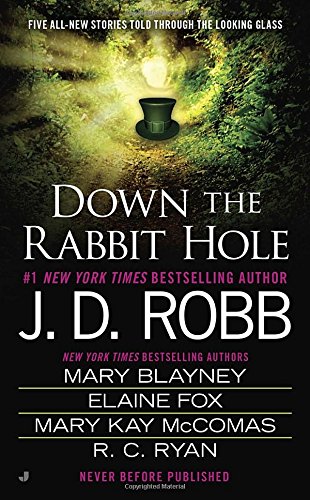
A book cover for Down the Rabbit Hole; J. D. Robb; Science Fiction & Fantasy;